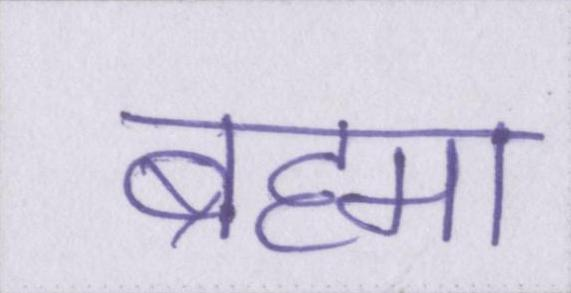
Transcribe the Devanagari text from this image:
ब्रह्मा